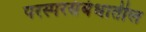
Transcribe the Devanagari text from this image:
परस्परसंबंधातील